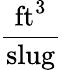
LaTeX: \frac{{\mathrm{ft}}^{3}}{\mathrm{slug}}